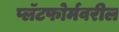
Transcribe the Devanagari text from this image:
प्लॅटफोर्मवरील